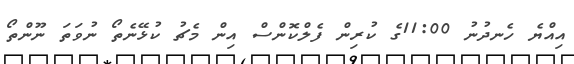
އިއްޔެ ހެނދުނު 11:00ގެ ކުރިން ފެލްކޮންސް އިން މެޗު ކުޅޭނެތޯ ނުވަތަ ނޫންތޯ